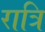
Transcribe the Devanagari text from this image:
रात्रि